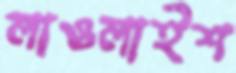
লাওলাইশ